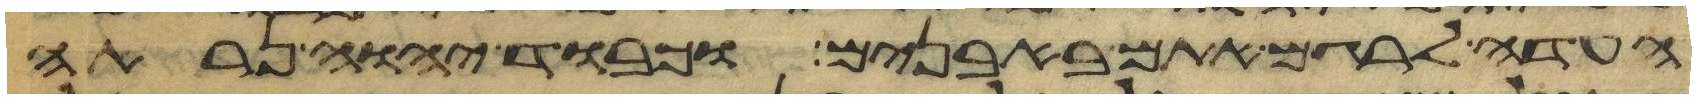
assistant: העדה לרגם אתם באבנים וכבוד יהוה נראה